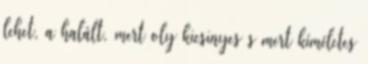
lehet, a halált, mert oly kicsinyes s mert kíméletes